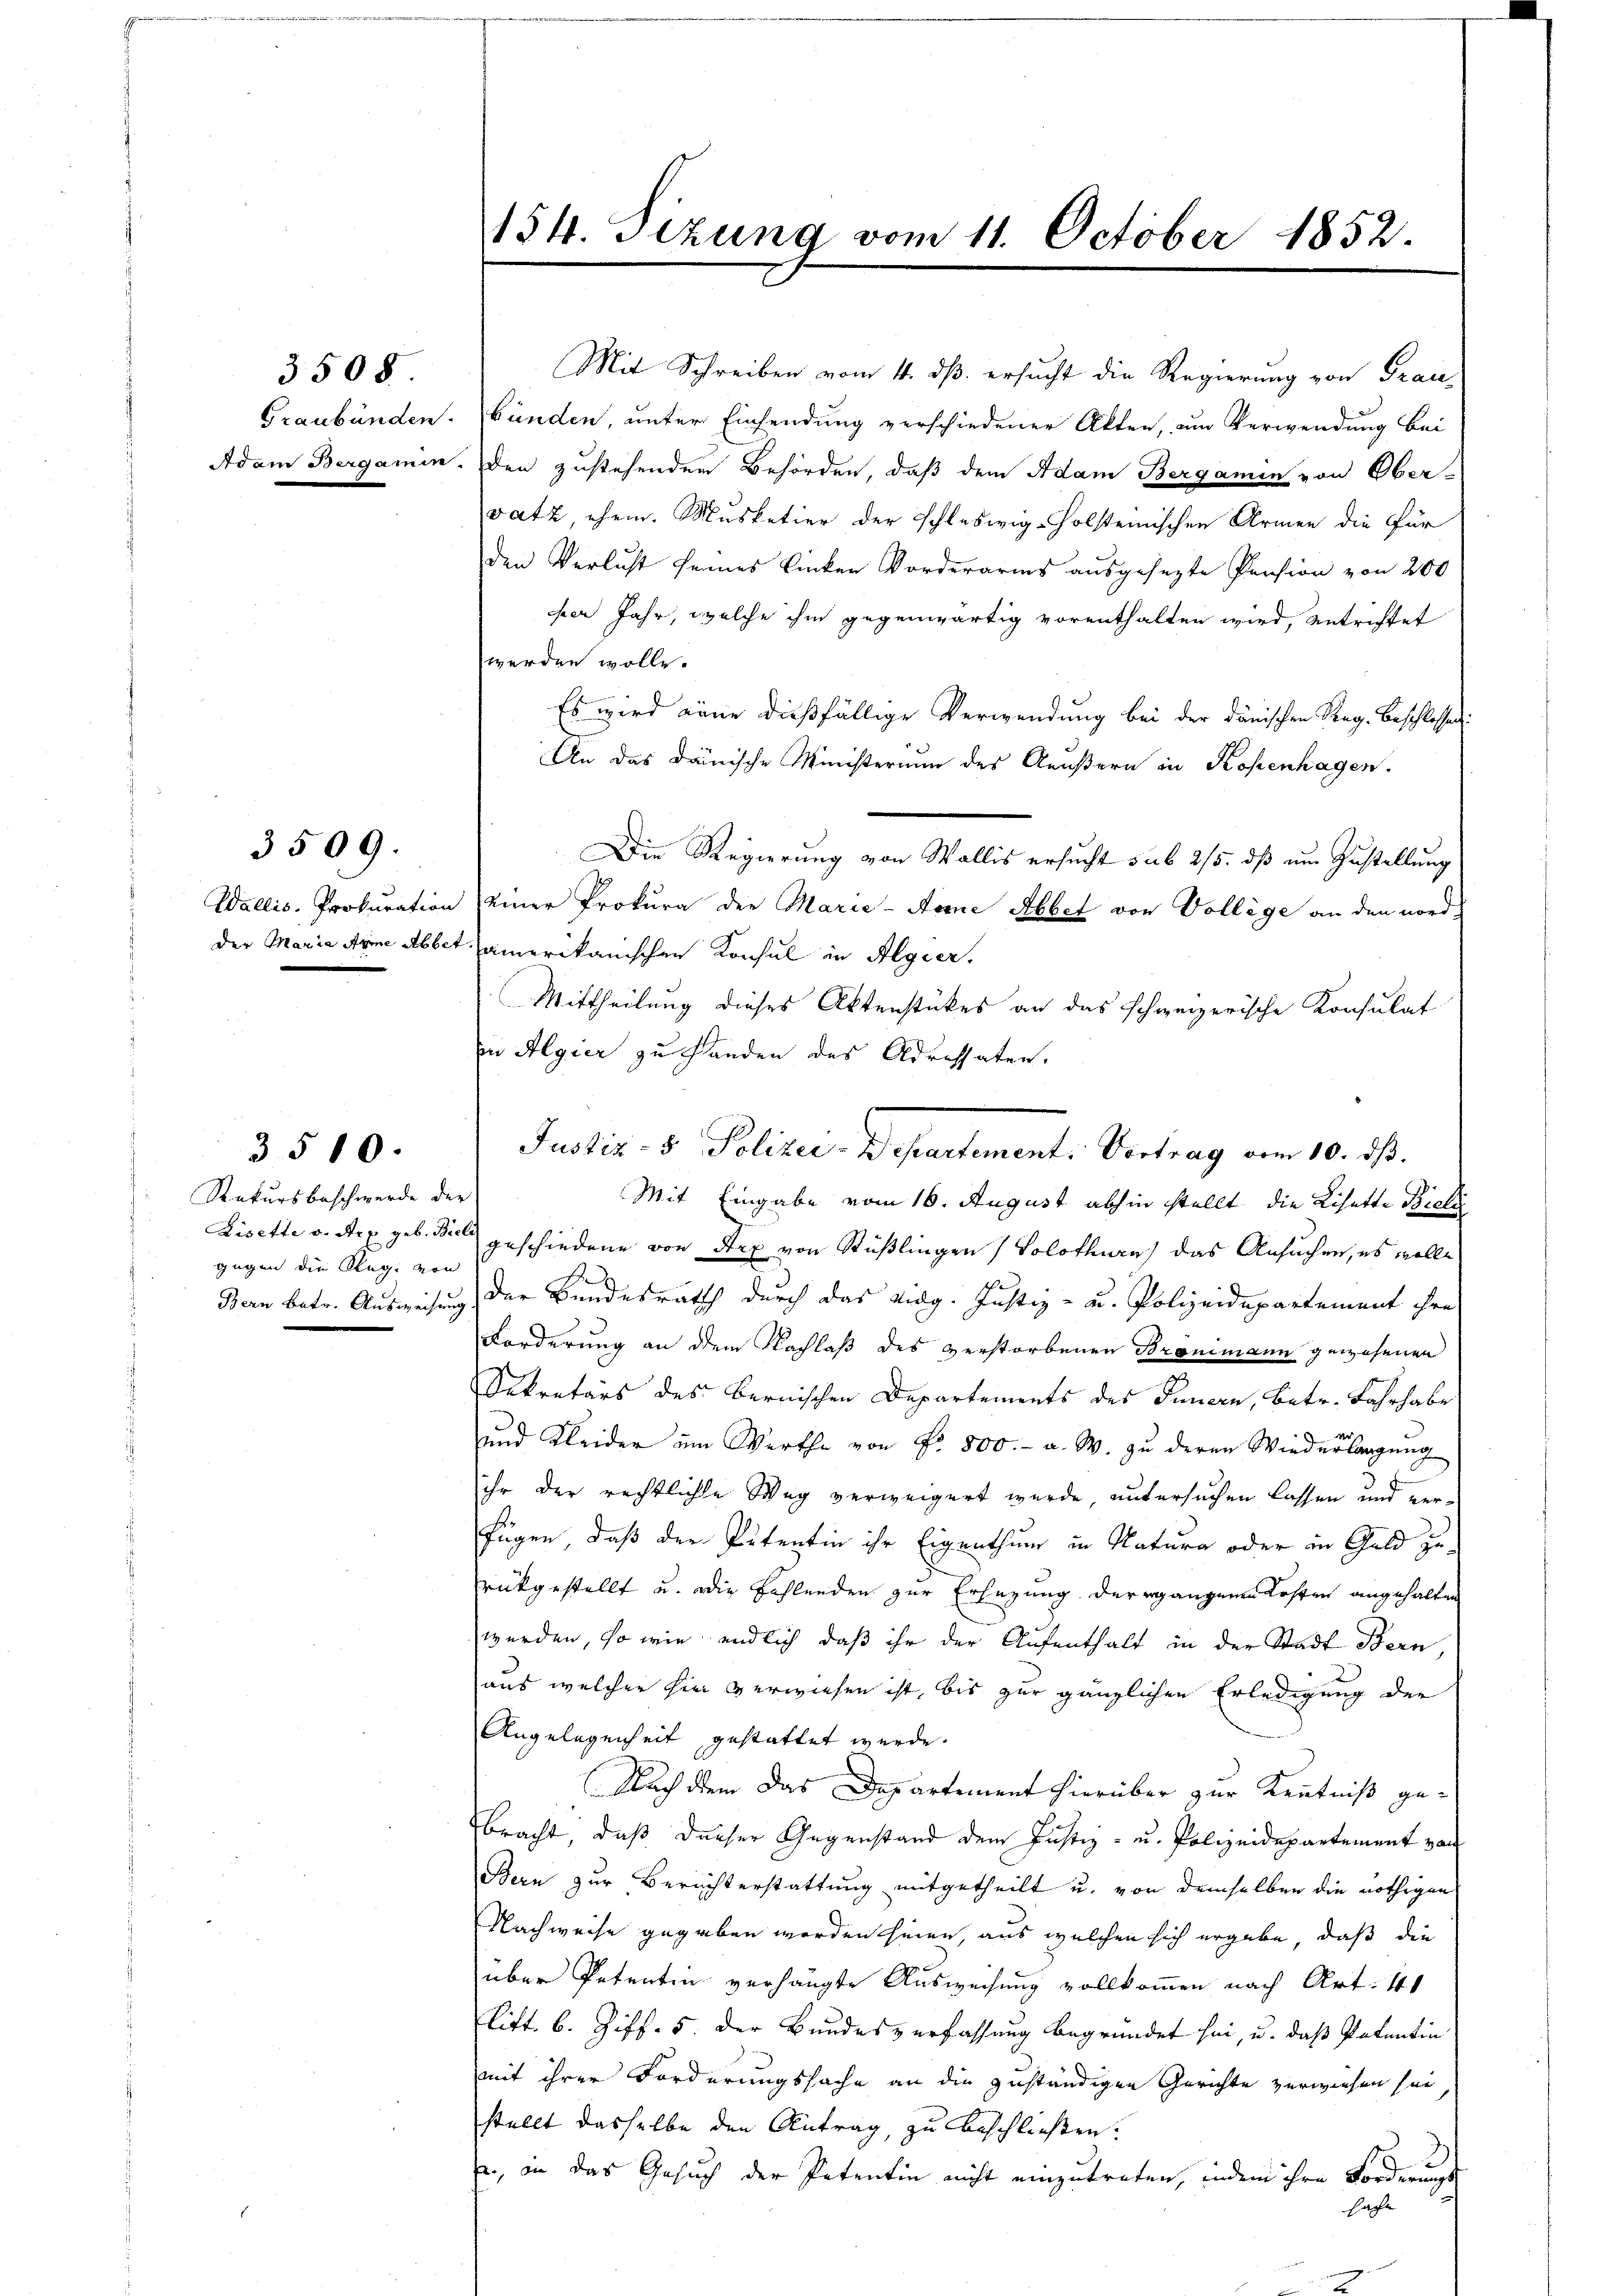
Graubünden.
Adam Bergamin.

3508

Wallis. Prokuration
der Maria Arme Abbet

3509.

Rekursbeschwerde der
gegen die Reg. von

3510.

154. Sizung vom 11. October 1852.

Mit Schreiben vom 4. dß ersucht die Regierung von Grau-
bünden, unter Einsendung verschiedener Atten, um Verwendung bei
Den zustehenden Behörden, daß dem Adam Bergamin von Ober-
vatz, ehem. Musketier der schleswig-Holsteinischen Armen die für
den Verlust seines linken Vorderaris ausgesezte Pension von 200
per Jahr, welche ihm gegenwärtig vorenthalten wird, entrichtet
werden wolle.
Es wird eine dießfällige Verwendung bei der dänischen Reg. Beschlossen:
An das Dänische Ministerium des Aeußern in Kopenhagen.
Die Regierung von Wallis ersucht sub 2/5. dß um Zustellung
einer Prokura die Marie-Arme Abbet von Vollège an den nordt. amerikanischen Konsul in Algier.
Mittheilung dieses Aktenstückes an das schweizerische Konsulat
in Algier zu Handen des Adressaten.
Mit Eingabe vom 16. August abhin stellt die Lisette Bieli
Lisette v. Aex geb. Biel geschiedene von Stex von Stüßlingen ( Solothurn) das Ansuchen, es wolle
Bern betr. Ausweisung der Bundesrath durch das viag. Justiz- u. Polizeidepartement ihre
Forderung an dem Nachlaß des verstorbenen Bronimann gewesenen
Sekretärs des Bernischen Departements des Innern, betr. Fahrhabe
und Kleider um Werthe von Nr. 800.- a. W. zu deren Wiederlangung
ihr der rechtliche Weg verweigert wurde, untersuchen lassen und verfügen, daß der Petentin ihr Eigenthum in Natura oder in Geld zurükgestellt u. die Fehlenden zur Ersezung dergangenen Kosten angehalten
werden, so wie endlich daß ihr der Aufenthalt in der Stadt Bern,
aus welcher hin verwiesen ist, bis zur gänzlichen Erledigung der
Angelegenheit gestattet werde.
Nach dem das Departement hierüber zur Kenntniß gebracht, daß dieser Gegenstand dem Justiz- u. Polizeidepartement von
Bern zur Berichterstattung mitgetheilt u. von demselben die nöthigen
Nachweise gegeben worden seien, aus welchen sich ergäbe, daß die
über Petentin verhängte Ausweisung vollkommen nach Art. 41
Flitt. b. Ziff. 5. der Bundesverfassung begründet sei, u. daß Patentin
mit ihrer Forderungssache an die zuständigen Gerichte verwiesen sei
stellt dasselbe den Antrag, zu beschließen.
, in das Gesuch der Petentin nicht einzutreten, indem ihre Forderungs
sache

Justiz- & Polizer-Departement: Vertrag vom 10. ds.